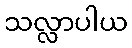
သလ္လာပါယ